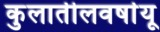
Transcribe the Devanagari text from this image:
कुलातीलवर्षायू